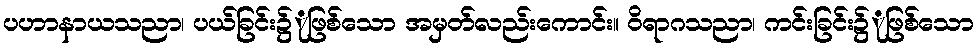
ပဟာနာယသညာ၊ ပယ်ခြင်း၌ုဖြစ်သော အမှတ်လည်းကောင်း။ ဝိရာဂသညာ၊ ကင်းခြင်း၌ုဖြစ်သော